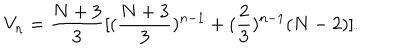
V _ { n } = \frac { N + 3 } { 3 } [ ( \frac { N + 3 } { 3 } ) ^ { n - 1 } + ( \frac { 2 } { 3 } ) ^ { n - 1 } ( N - 2 ) ] .